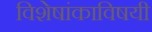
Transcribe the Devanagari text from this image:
विशेषांकाविषयी